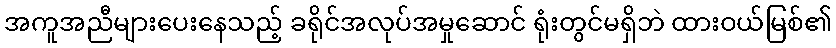
အကူအညီများပေးနေသည့် ခရိုင်အလုပ်အမှုဆောင် ရုံးတွင်မရှိဘဲ ထားဝယ်မြစ်၏